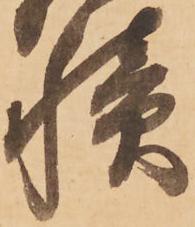
積